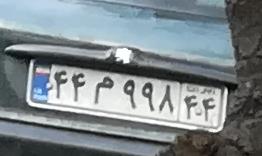
۴۴م۹۹۸۴۶